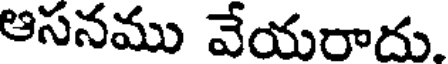
ఆసనము వేయరాదు.